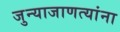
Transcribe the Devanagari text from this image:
जुन्याजाणत्यांना